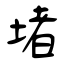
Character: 堵